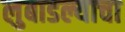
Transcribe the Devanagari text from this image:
लुबाडल्याचा